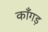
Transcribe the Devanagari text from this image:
काँगड़